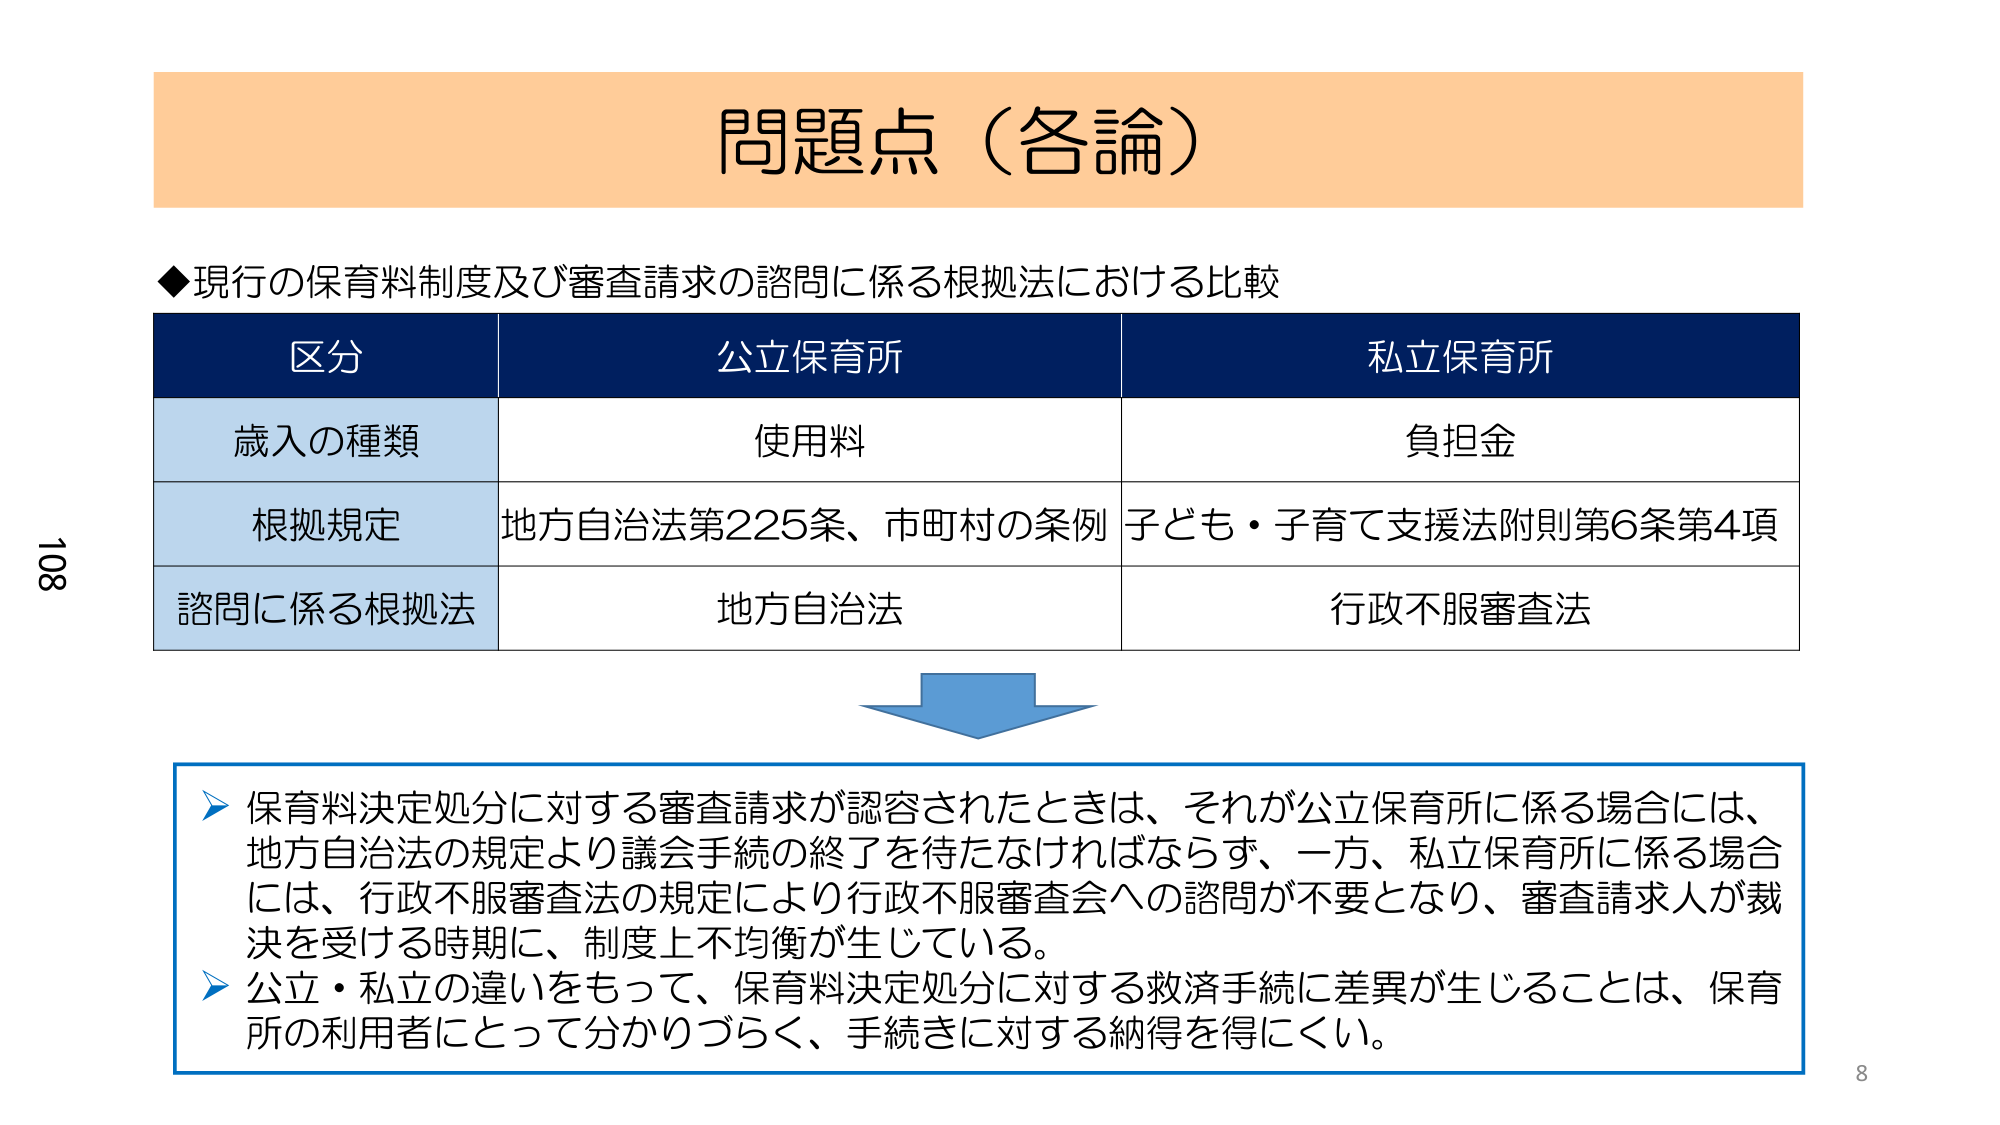
問題点（各論）

◆現行の保育料制度及び審査請求の諮問に係る根拠法における比較

区分　　　　　　　　公立保育所　　　　　　　　私立保育所
歳入の種類　　　　　使用料　　　　　　　　　　負担金
根拠規定　　　　　　地方自治法第225条、市町村の条例　子ども・子育て支援法附則第6条第4項
諮問に係る根拠法　　地方自治法　　　　　　　　行政不服審査法

▶ 保育料決定処分に対する審査請求が認容されたときは、それが公立保育所に係る場合には、地方自治法の規定より議会手続の終了を待たなければならず、一方、私立保育所に係る場合には、行政不服審査法の規定により行政不服審査会への諮問が不要となり、審査請求人が裁決を受ける時期に、制度上不均衡が生じている。
▶ 公立・私立の違いをもって、保育料決定処分に対する救済手続に差異が生じることは、保育所の利用者にとって分かりづらく、手続きに対する納得を得にくい。

108
8